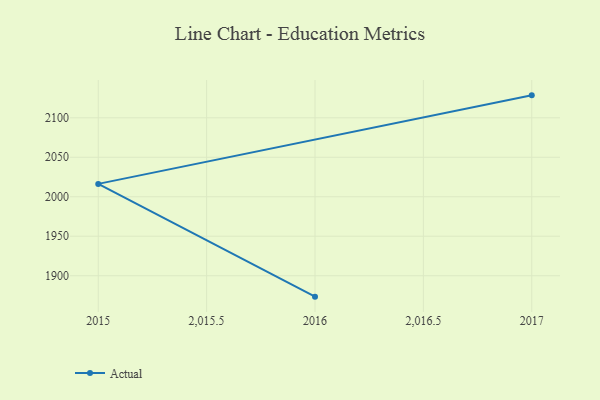
{"axis": {"x": "Year", "y": "Churn Rate (%)"}, "legend": ["Actual"], "data": [{"x": "2017", "y": 2128.4, "type": "Actual"}, {"x": "2015", "y": 2016.3, "type": "Actual"}, {"x": "2016", "y": 1873.5, "type": "Actual"}]}